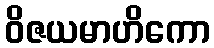
ဝိဇယမာဟိကော